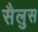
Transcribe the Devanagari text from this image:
सैलुस